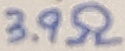
Text: 3.9Ω